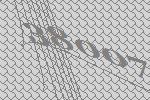
38007